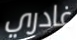
غادري